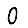
Digit: 0